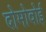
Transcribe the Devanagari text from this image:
दोमोवोई